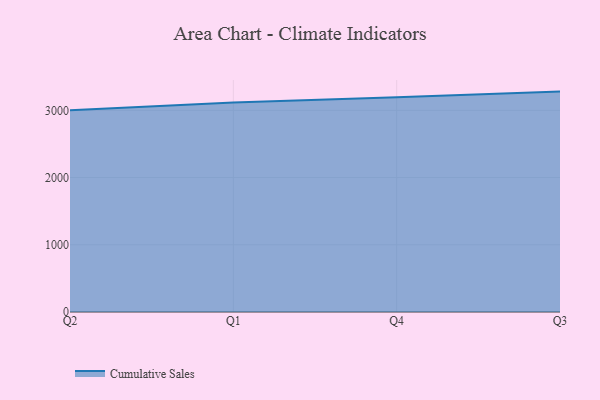
{"axis": {"x": "Quarter", "y": "Market Share (%)"}, "legend": ["Cumulative Sales"], "data": [{"x": "Q2", "y": 3000.9, "type": "Cumulative Sales"}, {"x": "Q1", "y": 3117.6, "type": "Cumulative Sales"}, {"x": "Q4", "y": 3193.0, "type": "Cumulative Sales"}, {"x": "Q3", "y": 3278.6, "type": "Cumulative Sales"}]}